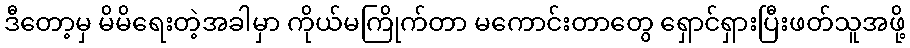
ဒီတော့မှ မိမိရေးတဲ့အခါမှာ ကိုယ်မကြိုက်တာ မကောင်းတာတွေ ရှောင်ရှားပြီးဖတ်သူအဖို့